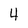
Character: 4